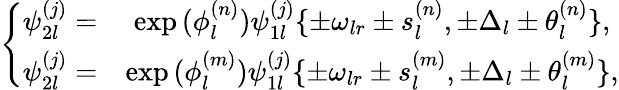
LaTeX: \begin{array}{r}{\left\{ \begin{array}{ccc}{\psi_{2l}^{(j)}=}&{\exp{(\phi_{l}^{(n)})}\psi_{1l}^{(j)}\{ \pm\omega_{lr}\pm s_{l}^{(n)},\pm\Delta_{l}\pm\theta_{l}^{(n)}\} ,}\\ {\psi_{2l}^{(j)}=}&{\exp{(\phi_{l}^{(m)})}\psi_{1l}^{(j)}\{ \pm\omega_{lr}\pm s_{l}^{(m)},\pm\Delta_{l}\pm\theta_{l}^{(m)}\} ,}\end{array}\right.}\end{array}